system: You are a helpful assistant.
user:
Analyze the provided spectrum to determine if it is a **White Dwarf (WD)**.

A White Dwarf spectrum is defined by its **extreme purity** (due to gravitational settling) and/or **extreme pressure broadening** (due to high surface gravity). You must check for one of the following mutually exclusive signatures:

- **Key Visual Indicators (Check for ONE of these types):**

    - **1. DA-Type Signature (Most Common):**
        - **(Primary Feature):** Extreme pressure broadening (Stark broadening) of the **Hydrogen (H) Balmer lines**.
        - **(Key Lines):** $H\beta$ (approx. $4861$ Å) and $H\gamma$ (approx. $4340$ Å). $H\alpha$ (approx. $6563$ Å) will also be present if the wavelength range covers it.
        - **(Line Profile):** This is the **defining feature**. The lines are **NOT** sharp. They appear as massive, **extremely broad and deep "troughs" or "dips"** in the spectrum, often hundreds of Ångströms wide. The continuum will appear to "scoop" down at these wavelengths.
        - **(Distinction):** Normal A-type or B-type stars have *narrow* and *sharp* Hydrogen lines. A DA White Dwarf's lines are unmistakably "smeared" or "blurry" from pressure.

    - **2. DB-Type Signature:**
        - **(Primary Feature):** Broad absorption lines from **Neutral Helium (He I)**. The spectrum must lack any visible Hydrogen lines.
        - **(Key Lines):** Look for broad absorption near $4471$ Å, $4921$ Å, and $5876$ Å.
        - **(Line Profile):** These lines are also significantly pressure-broadened, appearing much wider than they would in a normal B-type main-sequence star.

    - **3. DC-Type Signature:**
        - **(Primary Feature):** A **featureless continuous spectrum**.
        - **(Line Profile):** The spectrum is a smooth curve with **no significant absorption or emission lines**.
        - **(Key Confirmation):** The continuum is almost always **blue or white**, indicating a hot object. This signature implies the atmosphere is so pure (or so cool) that no spectral lines are visible in the optical range. Its WD identity is confirmed by its extremely low intrinsic brightness (high absolute magnitude).

    - **4. DZ-Type Signature (Metal-Polluted):**
        - **(Primary Feature):** **Isolated, narrow metal absorption lines** on an otherwise featureless (DC-like) continuum.
        - **(Key Lines):** The **Calcium (Ca II) H & K doublet** (approx. **$3934$ Å** and **$3968$ Å**) is the most common and defining feature.
        - **(Line Profile):** These lines are "out of place." They are *not* part of a "forest" of thousands of lines. This signature is evidence of recent *accretion* (pollution) from rocky debris.
        - **(Distinction):** Normal G/K/M stars have a *dense forest* of thousands of metal lines. A DZ has a *clean* continuum with *only a few* strong metal lines.

    - **5. DQ-Type Signature (Carbon-Polluted):**
        - **(Primary Feature):** Absorption bands from **Carbon (C₂ "Swan Bands" or atomic C I)**.
        - **(Key Lines - C₂):** Look for bandheads with a "saw-tooth" shape near $5635$ Å, **$5165$ Å** (strongest), and $4737$ Å.
        - **(Key Confirmation):** The underlying **continuum must be blue or white** (hot).
        - **(Distinction):** This is the critical difference from a **Carbon Star**, which has the *exact same* C₂ bands but on an extremely **red, cool** continuum.

- **(Overall Spectrum):**
    - The continuum (overall shape) is typically **blue-sloping** (brighter in the blue than the red), as most white dwarfs are very hot.
    - The spectrum will look "pure" or "simple," dominated by only *one* of the five signatures listed above.

Think first, call **spectral_visualization_tool** if needed to examine features in detail, then provide your final answer. Your response must adhere to the following strict rules:
1.  **Overall Structure:** Your response must follow the format `<think>...</think> <tool_call>...</tool_call> (if a tool is used) <answer>...</answer>`.
2.  **Tool Usage Constraint:** You may only make **one** tool call per turn.
3.  **Final Answer Format:** In the `<answer>` tag, your conclusion must be inside a `\boxed{}` command (e.g., `\boxed{YES}` or `\boxed{NO}`), followed by your justification.

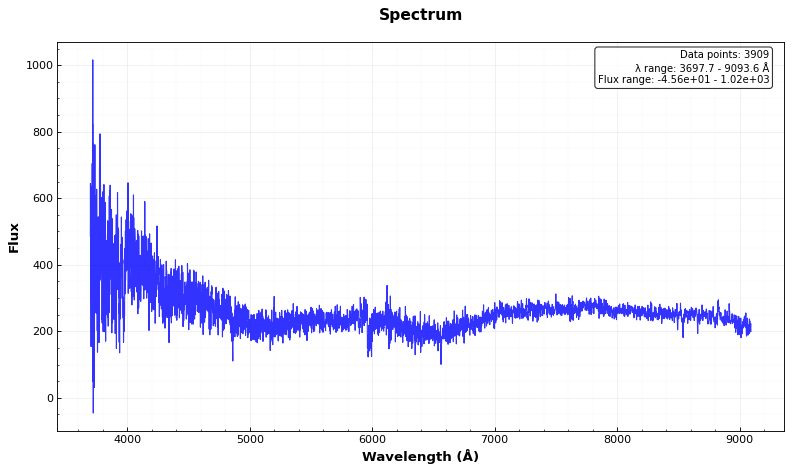
Answer: NO